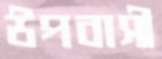
উপবাসী